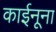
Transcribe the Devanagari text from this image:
काईनूना